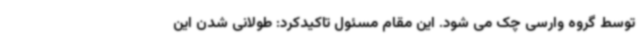
توسط گروه وارسی چک می شود. این مقام مسئول تاکیدکرد: طولانی شدن این